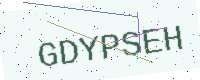
Text: GDYPSEH